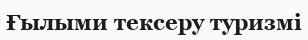
Ғылыми тексеру туризмі